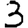
Digit: 3